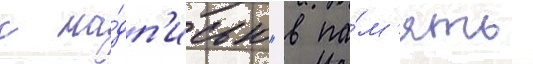
с на́дп'исью "в па́м'ять